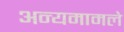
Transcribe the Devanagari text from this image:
अन्यमामले